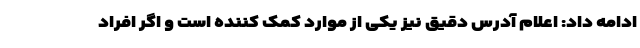
ادامه داد: اعلام آدرس دقیق نیز یکی از موارد کمک کننده است و اگر افراد